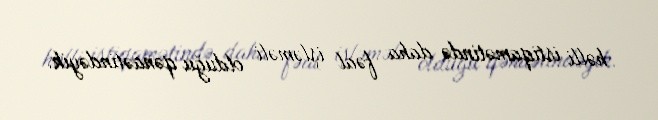
həlli istiqamətində daha fəal işləməli olduğu qənaətindəyik.